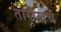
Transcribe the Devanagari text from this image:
तारीखच